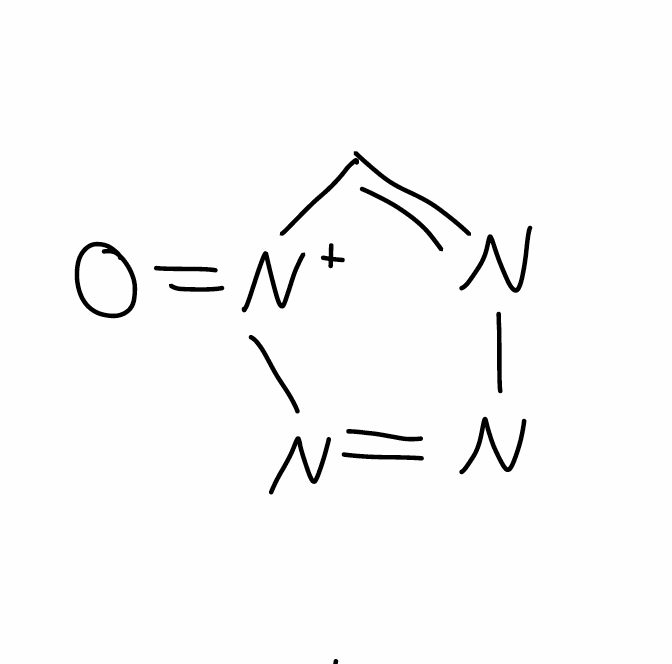
Simplified molecular-input line-entry system (SMILES) notation of the given molecule:
C1=NN=N[N+]1=O